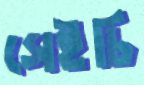
সেইচি